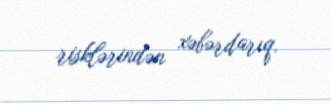
risklərindən xəbərdarıq.